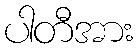
ပါတီအား